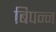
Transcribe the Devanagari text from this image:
बिपन्न